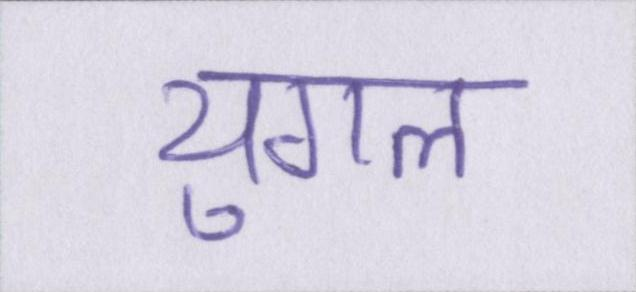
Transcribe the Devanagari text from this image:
युगल